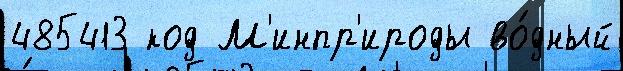
485413 код М'инпр'ироды во́дный